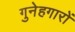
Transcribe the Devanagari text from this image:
गुनेहगारों